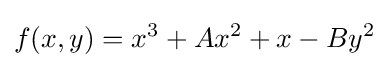
f(x,y)=x^{3}+Ax^{2}+x-By^{2}